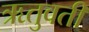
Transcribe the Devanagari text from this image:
ऋतुवती